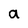
Character: a